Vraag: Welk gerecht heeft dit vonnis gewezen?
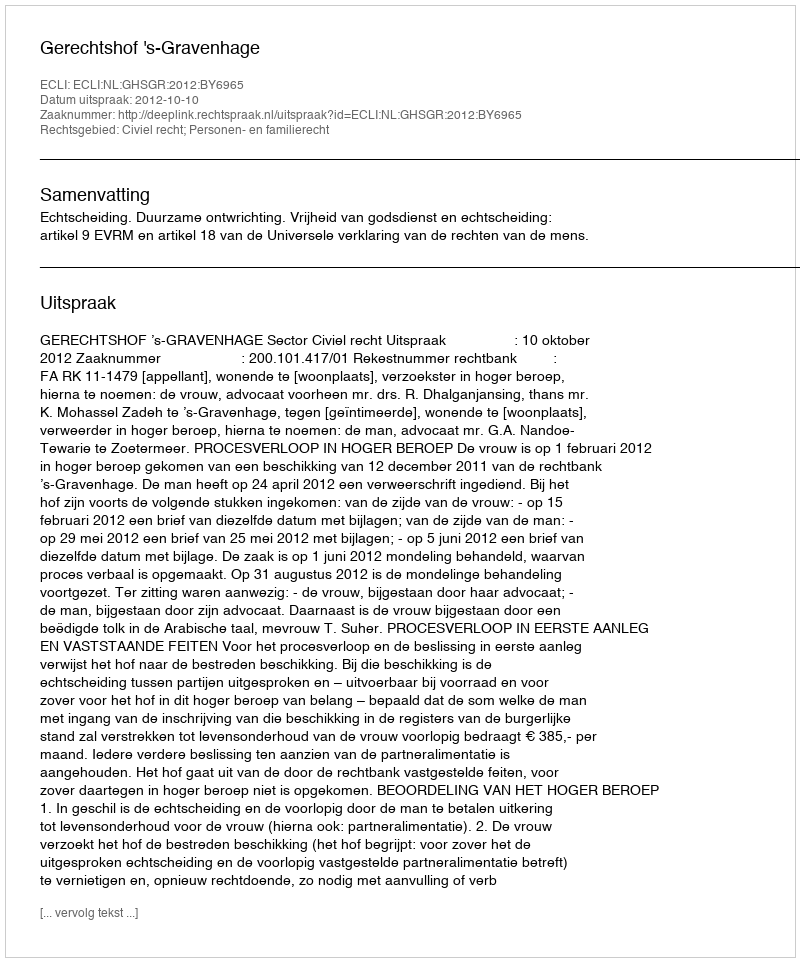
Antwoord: Gerechtshof 's-Gravenhage